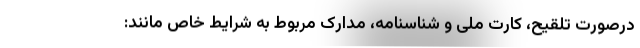
درصورت تلقیح، کارت ملی و شناسنامه، مدارک مربوط به شرایط خاص مانند: